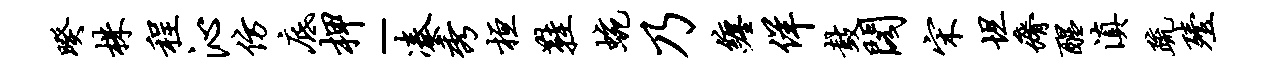
暌株程沁仿底柙-凑秀桓鞋蜿乃缠佯鼓阁宋坦瘠醒滇疏殪